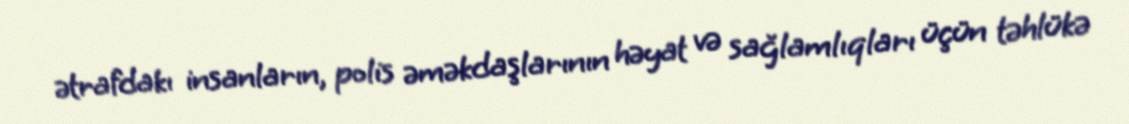
ətrafdakı insanların, polis əməkdaşlarının həyat və sağlamlıqları üçün təhlükə